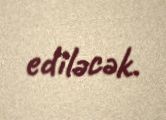
ediləcək.